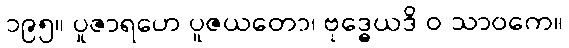
၁၉၅။ ပူဇာရဟေ ပူဇယတော၊ ဗုဒ္ဓေယဒိ ဝ သာဝကေ။